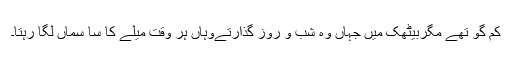
کم گو تھے مگربیٹھک میں جہاں وہ شب و روز گذارتےوہاں ہر وقت میلے کا سا سماں لگا رہتا۔